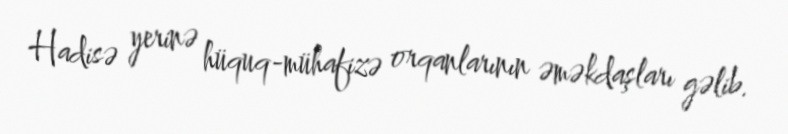
Hadisə yerinə hüquq-mühafizə orqanlarının əməkdaşları gəlib.